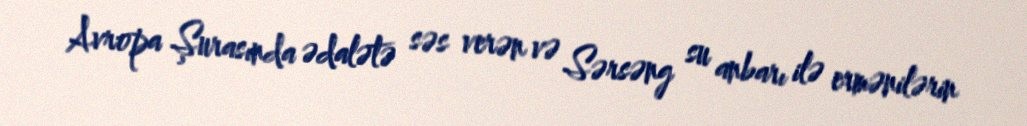
Avropa Şurasında ədalətə səs verən və Sərsəng su anbarı ilə ermənilərin